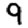
Digit: 9